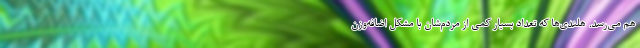
هم می‌رسد. هلندی‌ها که تعداد بسیار کمی از مردم‌شان با مشکل اضافه‌وزن